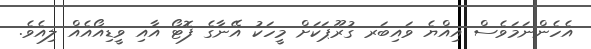
އެހެންނަމަވެސް އިއްޔެ ވައިބަރ ގުރޫޕަކަށް މީހަކު އޭނާގެ ފޮޓޯ އާއި ވީޑިއޯއެއް ލިއެވެ.